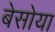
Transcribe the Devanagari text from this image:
बेसोया